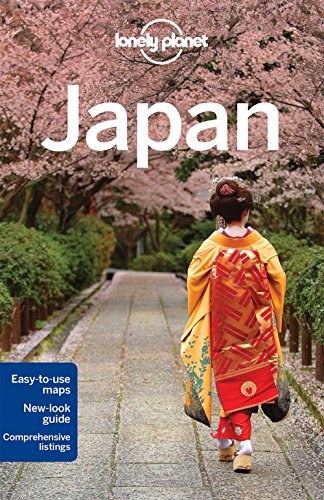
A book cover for Lonely Planet Japan (Travel Guide); Lonely Planet; Travel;